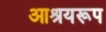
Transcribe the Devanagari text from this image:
आश्रयरूप